Civil Veterinary Department. Central Provinces & Berar 1932-41 - 1932-1941
Year: 1932
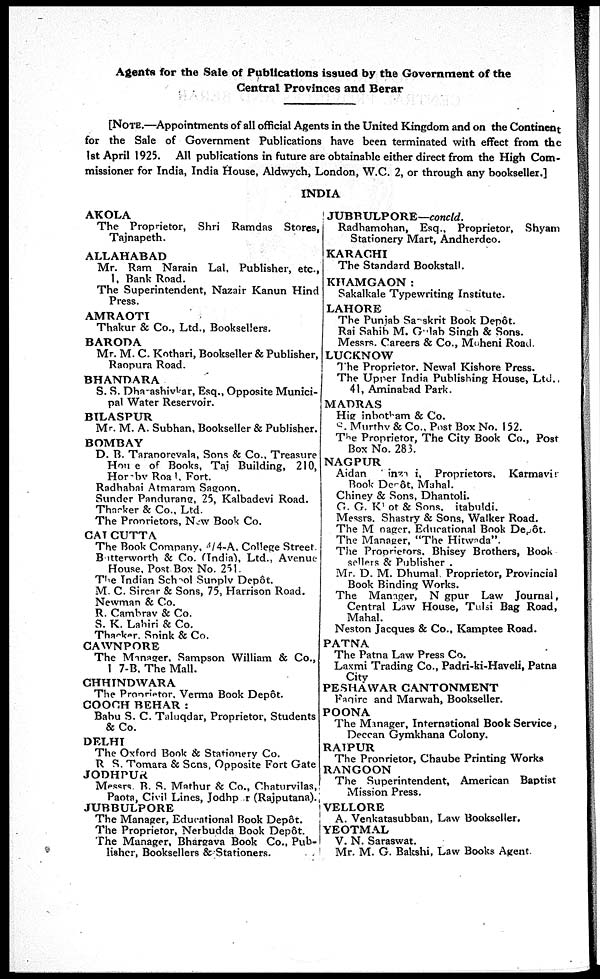
Agents for the Sale of Publications issued by the Government of the
Central Provinces and Berar
[NOTE.—Appointments of all official Agents in the United Kingdom and on the Continent
for the Sale of Government Publications have been terminated with effect from the
1st April 1925. All publications in future are obtainable either direct from the High Com-
missioner for India, India House, Aldwych, London, W.C. 2, or through any bookseller.]
INDIA
AKOLA
The Proprietor, Shri Ramdas Stores,
Tajnapeth.
ALLAHABAD
Mr. Ram Narain Lal, Publisher, etc.,
1, Bank Road.
The Superintendent, Nazair Kanun Hind
Press.
AMRAOTI
Thakur & Co., Ltd., Booksellers.
BARODA
Mr. M. C. Kothari, Bookseller & Publisher,
Raopura Road.
BHANDARA
S. S. Dharashivkar, Esq., Opposite Munici-
pal Water Reservoir.
BILASPUR
Mr. M. A. Subhan, Bookseller & Publisher.
BOMBAY
D. B. Taraporevala, Sons & Co., Treasure
House of Books, Taj Building, 210,
Horeby Road, Fort.
Radhabai Atmaram Sagoon.
Sunder Pandurang, 25, Kalbadevi Road.
Thacker & Co., Ltd.
The Proprietors, NEW Book Co.
CALCUTTA
The Book Company, 4/4-A. College Street.
Batterworth & Co. (India), Ltd., Avenue
House, Post Box No. 251.
The Indian School Supply Depôt.
M. C. Sircar & Sons, 75, Harrison Road.
Newman & Co.
R. Cambray & Co.
S. K. Lahiri & Co.
Thacker, Spink & Co.
CAWNPORE
The Manager, Sampson William & Co.,
1 7-B. The Mall.
CHHINDWARA
The Proproetor, Verma Book Depôt.
COOCH BEHAR :
Babu S. C. Taluqdar, Proprietor, Students
& Co.
DELHI
The Oxford Book & Stationery Co.
R. S. Tomara & Sons, Opposite Fort Gate
JODHPUR
Messrs. B. S. Mathur & Co., Chaturvilas,
Paota, Civil Lines, Jodhpur (Rajputana).
JUBBULPORE
The Manager, Educational Book Depôt.
The Proprietor, Nerbudda Book Depôt.
The Manager, Bhargava Book Co., Pub-
lisher, Booksellers &Stationers.
JUBBULPORE—concld.
Radhamohan, Esq., Proprietor, Shyam
Stationery Mart, Andherdeo.
KARACHI
The Standard Bookstall.
KHAMGAON :
Sakalkale Typewriting Institute.
LAHORE
The Punjab Sanskrit Book Depôt.
Rai Sahib M. Gulab Singh & Sons.
Messrs. Careers & Co., Moheni Road.
LUCKNOW
The Proprietor, Newal Kishore Press.
The Upper India Publishing House, Ltd.,
41, Aminabad Park.
MADRAS
Hig inbotham & Co.
S. Murthy & Co., Post Box No. 152.
The Proprietor, The City Book Co., Post
Box No. 283.
NAGPUR
Aidan
inza
, Proprietors, Karmavir
Book Depôt, Mahal.
Chiney & Sons, Dhantoli.
G. G. Khot & Sons, Sitabaldi.
Messrs. Shastry & Sons, Walker Road.
The Manager. Educational Book Depôt.
The Manager, "The Hitwada".
The Proprietors. Bhisey Brothers, Book
sellers & Publisher .
Mr. D. M. Dhumal Proprietor, Provincial
Book Binding Works.
The Manager, Nagpur Law Journal,
Central Law House, Tulsi Bag Road,
Mahal.
Neston Jacques & Co., Kamptee Road.
PATNA
The Patna Law Press Co.
Laxmi Trading Co., Padri-ki-Haveli, Patna
City
PESHAWAR CANTONMENT
Faqire and Marwah, Bookseller.
POONA
The Manager, International Book Service,
Deccan Gymkhana Colony.
RAIPUR
The Proprietor, Chaube Printing Works
RANGOON
The Superintendent, American Baptist
Mission Press.
VELLORE
A. Venkatasubban, Law Bookseller.
YEOTMAL
V. N. Saraswat.
Mr. M. G. Bakshi, Law Books Agent.